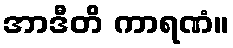
အာဒီတိ ကာရဏံ။